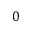
0